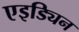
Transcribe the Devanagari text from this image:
एइड्यिन